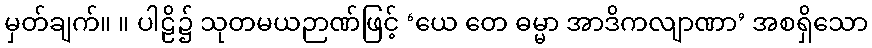
မှတ်ချက်။ ။ ပါဠိ၌ သုတမယဉာဏ်ဖြင့် ‘ယေ တေ ဓမ္မာ အာဒိကလျာဏာ’ အစရှိသော